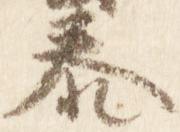
泰